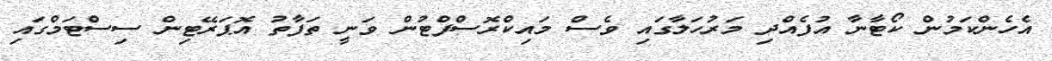
އެހެންކަމުން ކޯޓާނާ އުފެއްދި މަރުހަލާގައި ވެސް މައިކްރޮސްފްޓުން ވަނީ ތަފާތު އޮޕަރޭޓިން ސިސްޓަމްގައި